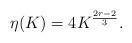
LaTeX: \begin{align*} \eta(K) = 4 K^{\frac{2r-2}{3}}.\end{align*}